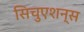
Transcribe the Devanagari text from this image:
सिचुएशन्स